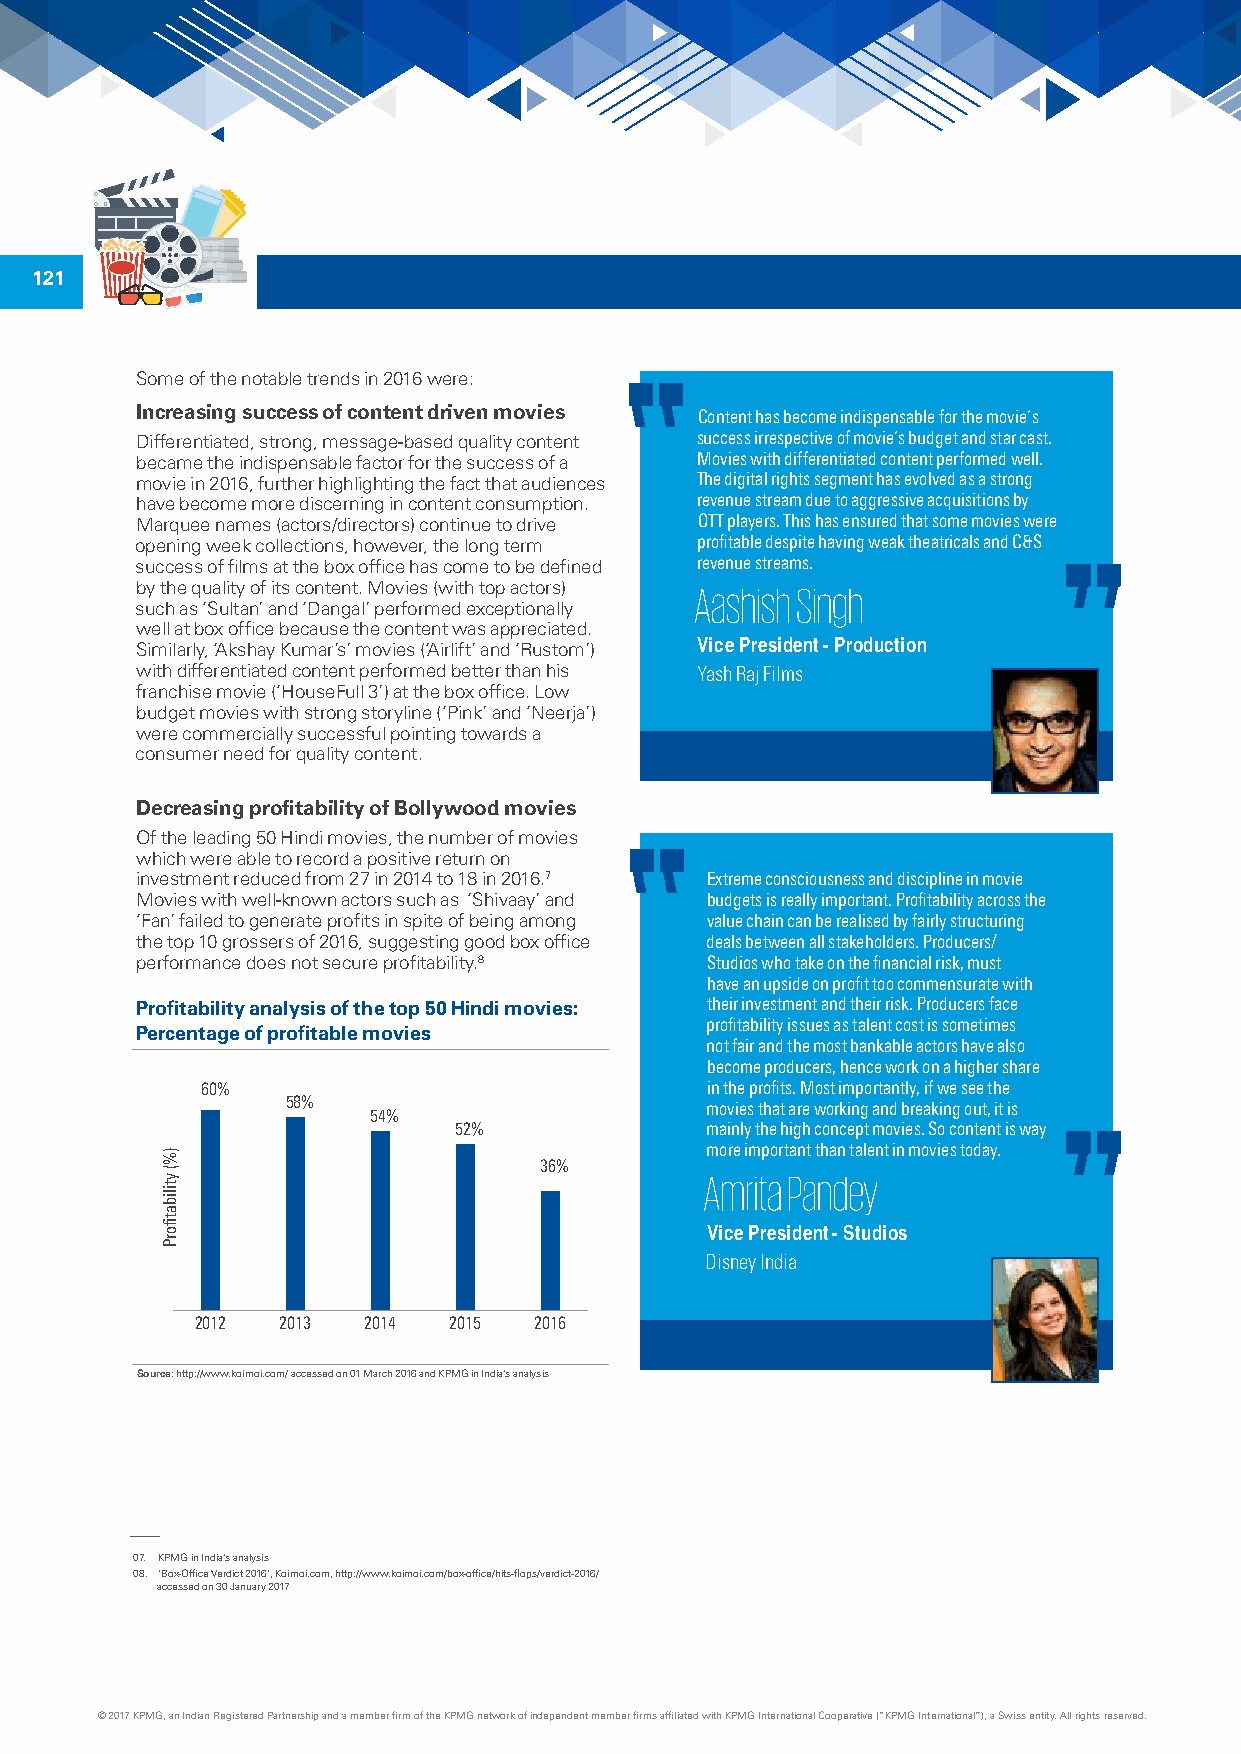
121
 Some of the notable trends in 2016 were:
 Increasing success of content driven movies Content has become indispensable for the movie’s
 Differentiated, strong, message-based quality content success irrespective of movie’s budget and star cast.
 became the indispensable factor for the success of a Movies with differentiated content performed well.
 movie in 2016, further highlighting the fact that audiences The digital rights segment has evolved as a strong
 have become more discerning in content consumption. revenue stream due to aggressive acquisitions by
 Marquee names (actors/directors) continue to drive OTT players. This has ensured that some movies were
 opening week collections, however, the long term profitable despite having weak theatricals and C&S
 success of films at the box office has come to be defined revenue streams.
 by the quality of its content. Movies (with top actors) Aashish Singh
 such as ‘Sultan’ and ‘Dangal’ performed exceptionally
 well at box office because the content was appreciated.
 Vice President - Production
 Similarly, ‘Akshay Kumar’s’ movies (‘Airlift’ and ‘Rustom’)
 with differentiated content performed better than his Yash Raj Films
 franchise movie (‘HouseFull 3’) at the box office. Low
 budget movies with strong storyline (‘Pink’ and ‘Neerja’)
 were commercially successful pointing towards a
 consumer need for quality content.
 Decreasing profitability of Bollywood movies
 Of the leading 50 Hindi movies, the number of movies
 which were able to record a positive return on
 investment reduced from 27 in 2014 to 18 in 2016.7 Extreme consciousness and discipline in movie
 Movies with well-known actors such as ‘Shivaay’ and budgets is really important. Profitability across the
 ‘Fan’ failed to generate profits in spite of being among value chain can be realised by fairly structuring
 the top 10 grossers of 2016, suggesting good box office deals between all stakeholders. Producers/
 performance does not secure profitability.8 Studios who take on the financial risk, must
 have an upside on profit too commensurate with
 Profitability analysis of the top 50 Hindi movies: their investment and their risk. Producers face
 profitability issues as talent cost is sometimes
 Percentage of profitable movies
 not fair and the most bankable actors have also
 become producers, hence work on a higher share
 60%                               in the profits. Most importantly, if we see the
 58%                         movies that are working and breaking out, it is
 54%
 52%              mainly the high concept movies. So content is way
 more important than talent in movies today.
 36%
 Amrita Pandey
 Vice President - Studios
 Disney India
 2012  2013 2014  2015 2016
 Source: http://www.koimoi.com/ accessed on 01 March 2016 and KPMG in India’s analysis
 07. KPMG in India’s analysis
 08. ‘Box-Office Verdict 2016’, Koimoi.com, http://www.koimoi.com/box-office/hits-flops/verdict-2016/
 accessed on 30 January 2017
 © 2017 KPMG, an Indian Registered Partnership and a member firm of the KPMG network of independent member firms affiliated with KPMG International Cooperative (“KPMG International”), a Swiss entity. All rights reserved.
 )%(
 ytilibatfiorP